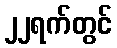
၂၂ရက်တွင်